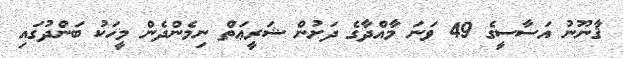
ޤާނޫނު އަސާސީގެ 49 ވަނަ މާއްދާގެ ދަށުން ޝަރީޢަތް ނިމެންދެން މީހަކު ބަންދުގައި